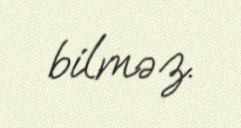
bilməz.